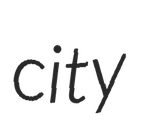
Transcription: city